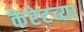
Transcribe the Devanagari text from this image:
केरेटच्या